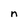
Character: n